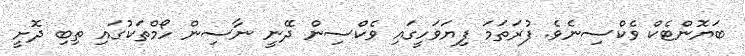
ބަޔޮންޓެކް ވެކްސިނެވެ. ފުރަތަމަ ފިޔަވަހީގައި ވެކްސިން ދޭނީ ނާސިން ހޯމްތަކުގައި ތިބި ދޮށީ